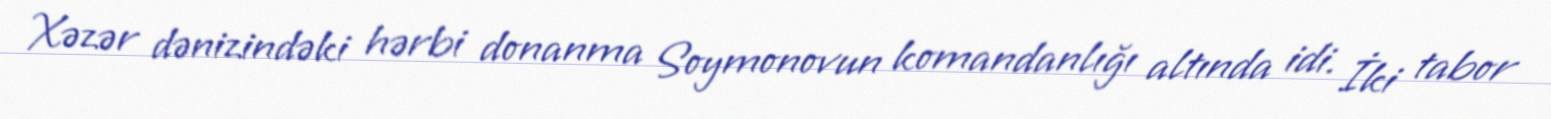
Xəzər dənizindəki hərbi donanma Soymonovun komandanlığı altında idi. İki tabor